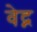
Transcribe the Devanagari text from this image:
वेद्न